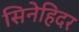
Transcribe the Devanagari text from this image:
सिनेहिदर